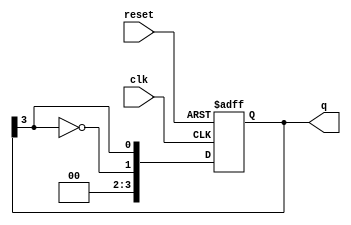
module johnson_counter #(parameter N = 4) (
    input wire clk,           // Clock input
    input wire reset,         // Asynchronous reset
    output reg [N-1:0] q      // Counter output
);

    // Sequential logic for the Johnson counter
    always @(posedge clk or posedge reset) begin
        if (reset) begin
            q <= {N{1'b0}};      // Reset all flip-flops to 0
        end else begin
            // Shift the existing state and insert the inverted output of the last flip-flop
            q <= {~q[N-1], q[N-1:N-1]}; // Invert the last bit and shift
        end
    end

endmodule